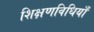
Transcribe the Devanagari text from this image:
शिक्षणविधियाँ